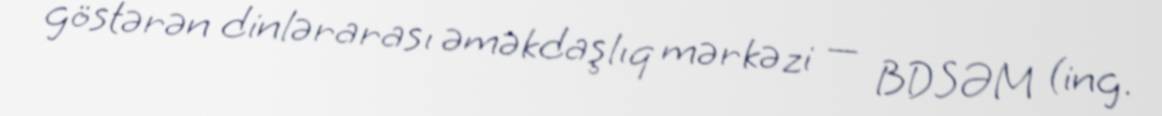
göstərən dinlərarası əməkdaşlıq mərkəzi — BDSƏM (ing.